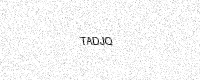
Text: TADJQ